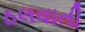
ઠલવાતી